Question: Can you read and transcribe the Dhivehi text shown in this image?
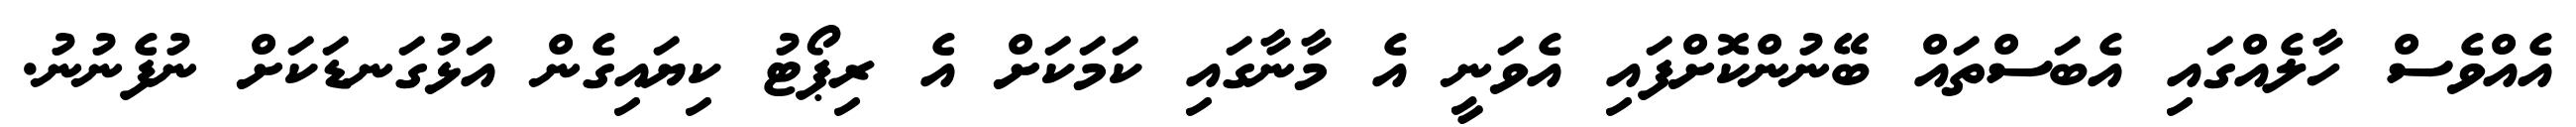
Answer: އެއްވެސް ހާލެއްގައި އެބަސްތައް ބޭނުންކޮށްފައި އެވަނީ އެ މާނާގައި ކަމަކަށް އެ ރިޕޯޓު ކިޔައިގެން އަޅުގަނޑަކަށް ނުފެނުނު.